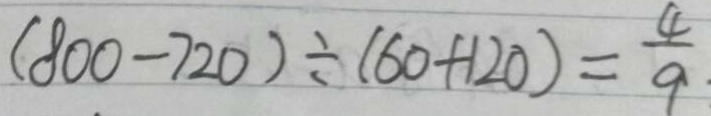
( 8 0 0 - 7 2 0 ) \div ( 6 0 + 1 2 0 ) = \frac { 4 } { 9 }